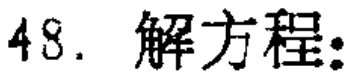
48. 解方程：